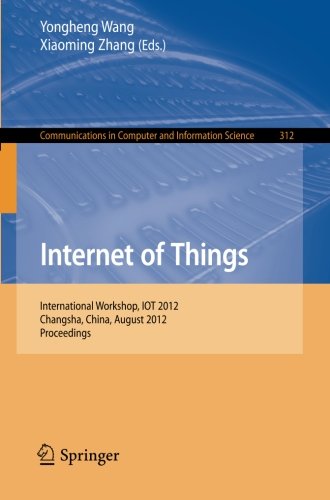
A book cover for Internet of Things: International Workshop, IOT 2012, Changsha, China, August 17-19, 2012. Proceedings (Communications in Computer and Information Science); Computers & Technology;